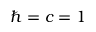
\hbar = c = 1